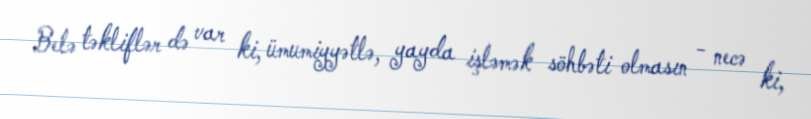
Belə təkliflər də var ki, ümumiyyətlə, yayda işləmək söhbəti olmasın - necə ki,